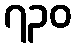
၇၃၀